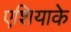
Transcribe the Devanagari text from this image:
एशियाके